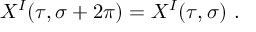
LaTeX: X ^ { I } ( \tau , \sigma + 2 \pi ) = X ^ { I } ( \tau , \sigma ) ~ .